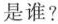
是谁?